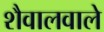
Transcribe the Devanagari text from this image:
शैवालवाले